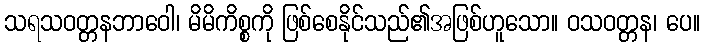
သရသဝတ္တနဘာဝေါ၊ မိမိကိစ္စကို ဖြစ်စေနိုင်သည်၏အဖြစ်ဟူသော။ ဝသဝတ္တန၊ ပေ။